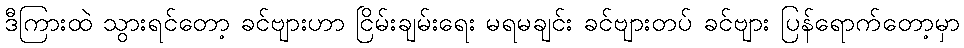
ဒီကြားထဲ သွားရင်တော့ ခင်ဗျားဟာ ငြိမ်းချမ်းရေး မရမချင်း ခင်ဗျားတပ် ခင်ဗျား ပြန်ရောက်တော့မှာ